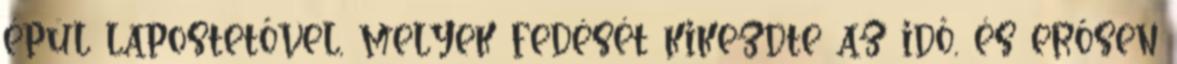
épül lapostetővel, melyek fedését kikezdte az idő, és erősen